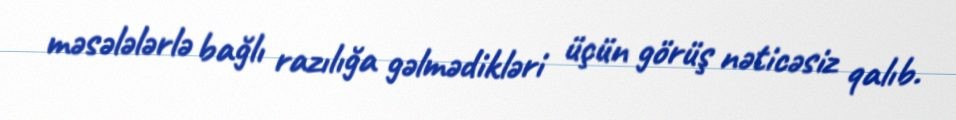
məsələlərlə bağlı razılığa gəlmədikləri üçün görüş nəticəsiz qalıb.